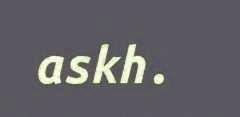
askh.